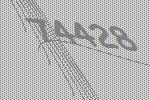
74428